Punjab Mental Hospital Lahore 1932-46 - 1932-1946
Year: 1932
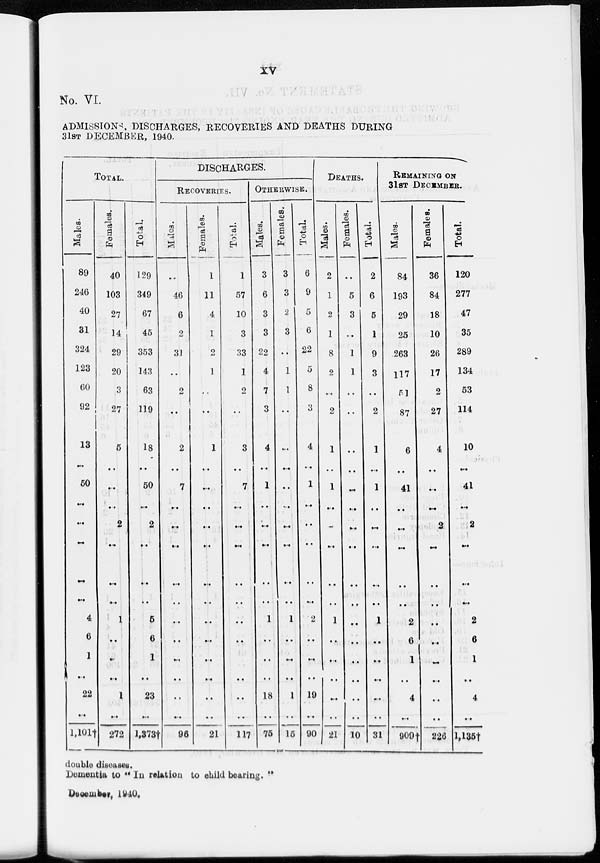
xv
No. VI.
ADMISSIONS, DISCHARGES, RECOVERIES AND DEATHS DURING
31ST DECEMBER, 1940.
TOTAL.
Males.
89
246
40
31
324
123
60
92
13
..
50
..
..
..
..
..
4
6
1
..
22
..
1,101†
Females.
40
103
27
14
29
20
3
27
5
..
..
..
2
..
..
..
1
..
..
..
1
..
272
Total.
129
349
67
45
353
143
63
119
18
..
50
..
2
..
..
..
5
6
1
..
23
..
1,3731
DISCHARGES.
RECOVERIES.
Males.
..
46
6
2
31
..
2
..
2
..
7
..
..
..
..
..
..
..
..
..
..
..
96
Females.
1
11
4
1
2
1
..
..
1
..
..
..
..
..
..
..
..
..
..
..
..
..
21
Total.
1
57
10
3
33
1
2
..
3
..
7
..
..
..
..
..
..
..
..
..
..
..
117
OTHERWISE.
Males.
3
6
3
3
22
4
7
3
4
..
1
..
..
..
..
..
1
..
..
..
18
..
75
Females.
3
3
2
3
..
1
1
..
..
..
..
..
..
..
..
..
1
..
..
..
1
..
15
Total.
6
9
5
6
22
5
8
3
4
..
1
..
..
..
..
..
2
..
..
..
19
..
90
DEATHS.
Males.
2
1
2
1
8
2
..
2
1
..
1
..
..
..
..
..
1
..
..
..
..
..
21
Females.
..
5
3
..
1
1
..
..
..
..
..
..
..
..
..
..
..
..
..
..
..
..
10
Total.
2
6
5
1
9
3
..
2
1
..
1
..
..
..
..
..
1
..
..
..
..
..
31
REMAINING ON
31ST DECEMBER.
Males.
84
193
29
25
263
117
51
87
6
..
41
..
..
..
..
..
2
6
1
..
4
..
909†
Females.
36
84
18
10
26
17
2
27
4
..
..
..
2
..
..
..
..
..
..
..
..
..
226
Total.
120
277
47
35
289
134
53
114
10
..
41
..
2
..
..
..
2
6
1
..
4
..
l,135†
double diseases.
Dementia to " In relation to child bearing. "
December, 1940.